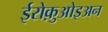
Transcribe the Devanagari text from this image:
ईरोक़ुओइअन